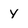
Character: Y